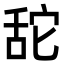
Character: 𦧑